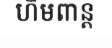
ហិមពាន្ត